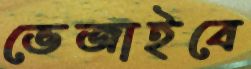
ভেজাইবে